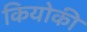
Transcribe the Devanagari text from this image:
कियोकी